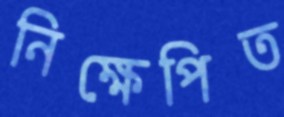
নিক্ষেপিত